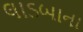
લાડબાના